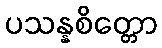
ပသန္နစိတ္တော